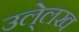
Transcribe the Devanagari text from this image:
उले्लख